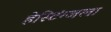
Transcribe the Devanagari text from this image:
हेस्टिंग्जला